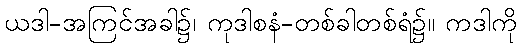
ယဒါ-အကြင်အခါ၌၊ ကုဒါစနံ-တစ်ခါတစ်ရံ၌။ ကဒါကို